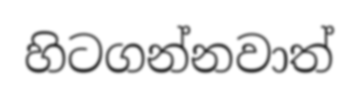
හිටගන්නවාත්